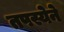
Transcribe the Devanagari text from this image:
तपस्येने